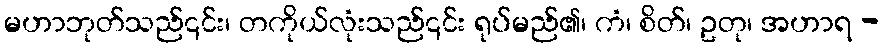
မဟာဘုတ်သည်၎င်း၊ တကိုယ်လုံးသည်၎င်း ရုပ်မည်၏၊ ကံ၊ စိတ်၊ ဥတု၊ အဟာရ -